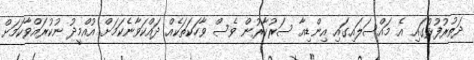
ދަތުރުފުޅުގައި އެ މައްސަލައިގައި އިންޑިއާ ސަރުކާރުން ވެސް ވާހަކަތަކެއް ދައްކަވާނެކަމަށް އުއްމީދު ނުކުރައްވާކަމަށް